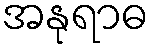
အနုရာဓ